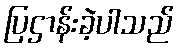
ပြဌာန်းခဲ့ပါသည်